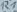
Text: R1